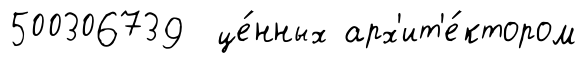
500306739 це́нных арх'ит'е́ктором